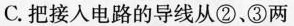
C.把接人电路的导线从②、③两